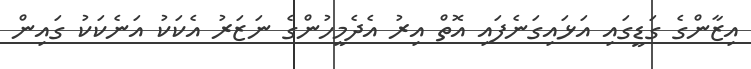
އިޒާންގެ ގަޑީގައި އަޅައިގަނެފައި އޮތް އިރު އެދެމީހުންގެ ނަޒަރު އެކަކު އަނެކަކު ގައިން